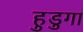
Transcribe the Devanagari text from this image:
हुडुगा